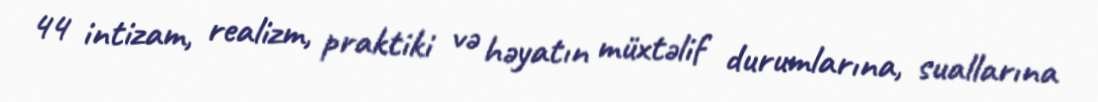
44 intizam, realizm, praktiki və həyatın müxtəlif durumlarına, suallarına